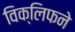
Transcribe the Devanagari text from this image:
विक्लिफने